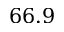
6 6 . 9